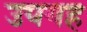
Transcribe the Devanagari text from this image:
उपगह